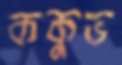
ককুভ